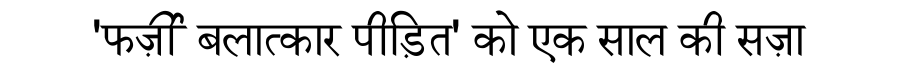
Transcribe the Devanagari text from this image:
'फर्ज़ी बलात्कार पीड़ित' को एक साल की सज़ा